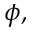
\phi ,